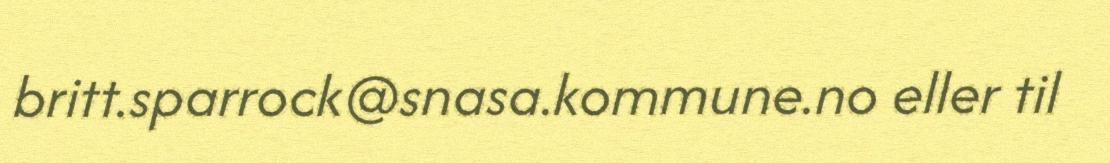
britt.sparrock@snasa.kommune.no eller til